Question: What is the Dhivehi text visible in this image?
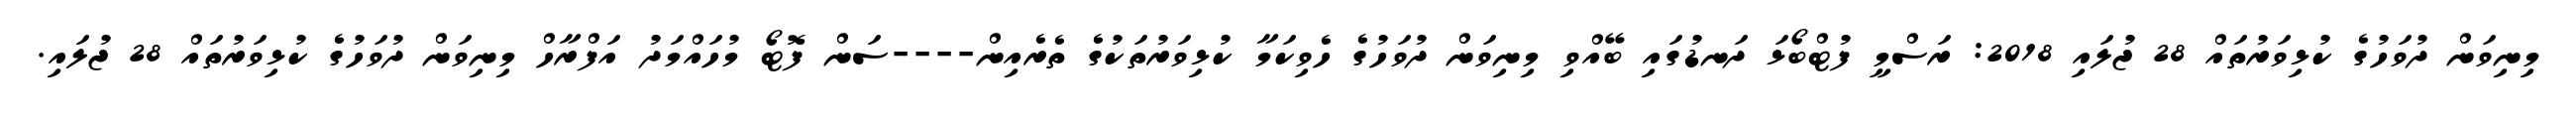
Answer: މިނިވަން ދުވަހުގެ ކުޅިވަރުތައް 28 ޖުލައި 2018: ރަސްމީ ފުޓްބޯޅަ ދަނޑުގައި ބޭއްވި މިނިވަން ދުވަހުގެ ހެވިކަމާ ކުޅިވަރުތަކުގެ ތެރެއިން----ސަން ފޮޓޯ މުހައްމަދު އަފްރާހް މިނިވަން ދުވަހުގެ ކުޅިވަރުތައް 28 ޖުލައި.